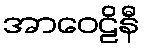
အာဝေဠိနီ